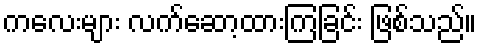
ကလေးများ လက်ဆော့ထားကြခြင်း ဖြစ်သည်။